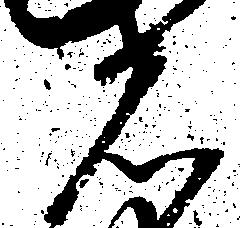
者